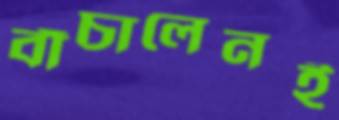
বাঁচালেনই